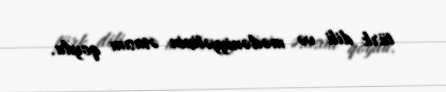
türk dili və mədəniyyətinin əsasını qoydu.